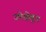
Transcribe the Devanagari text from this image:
उपेक्षेतून